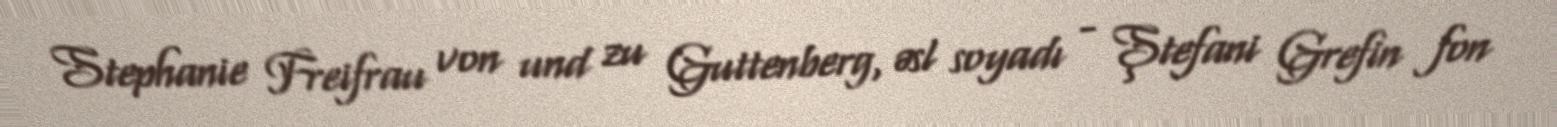
Stephanie Freifrau von und zu Guttenberg, əsl soyadı - Ştefani Grefin fon